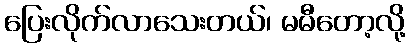
ပြေးလိုက်လာသေးတယ်၊ မမီတော့လို့